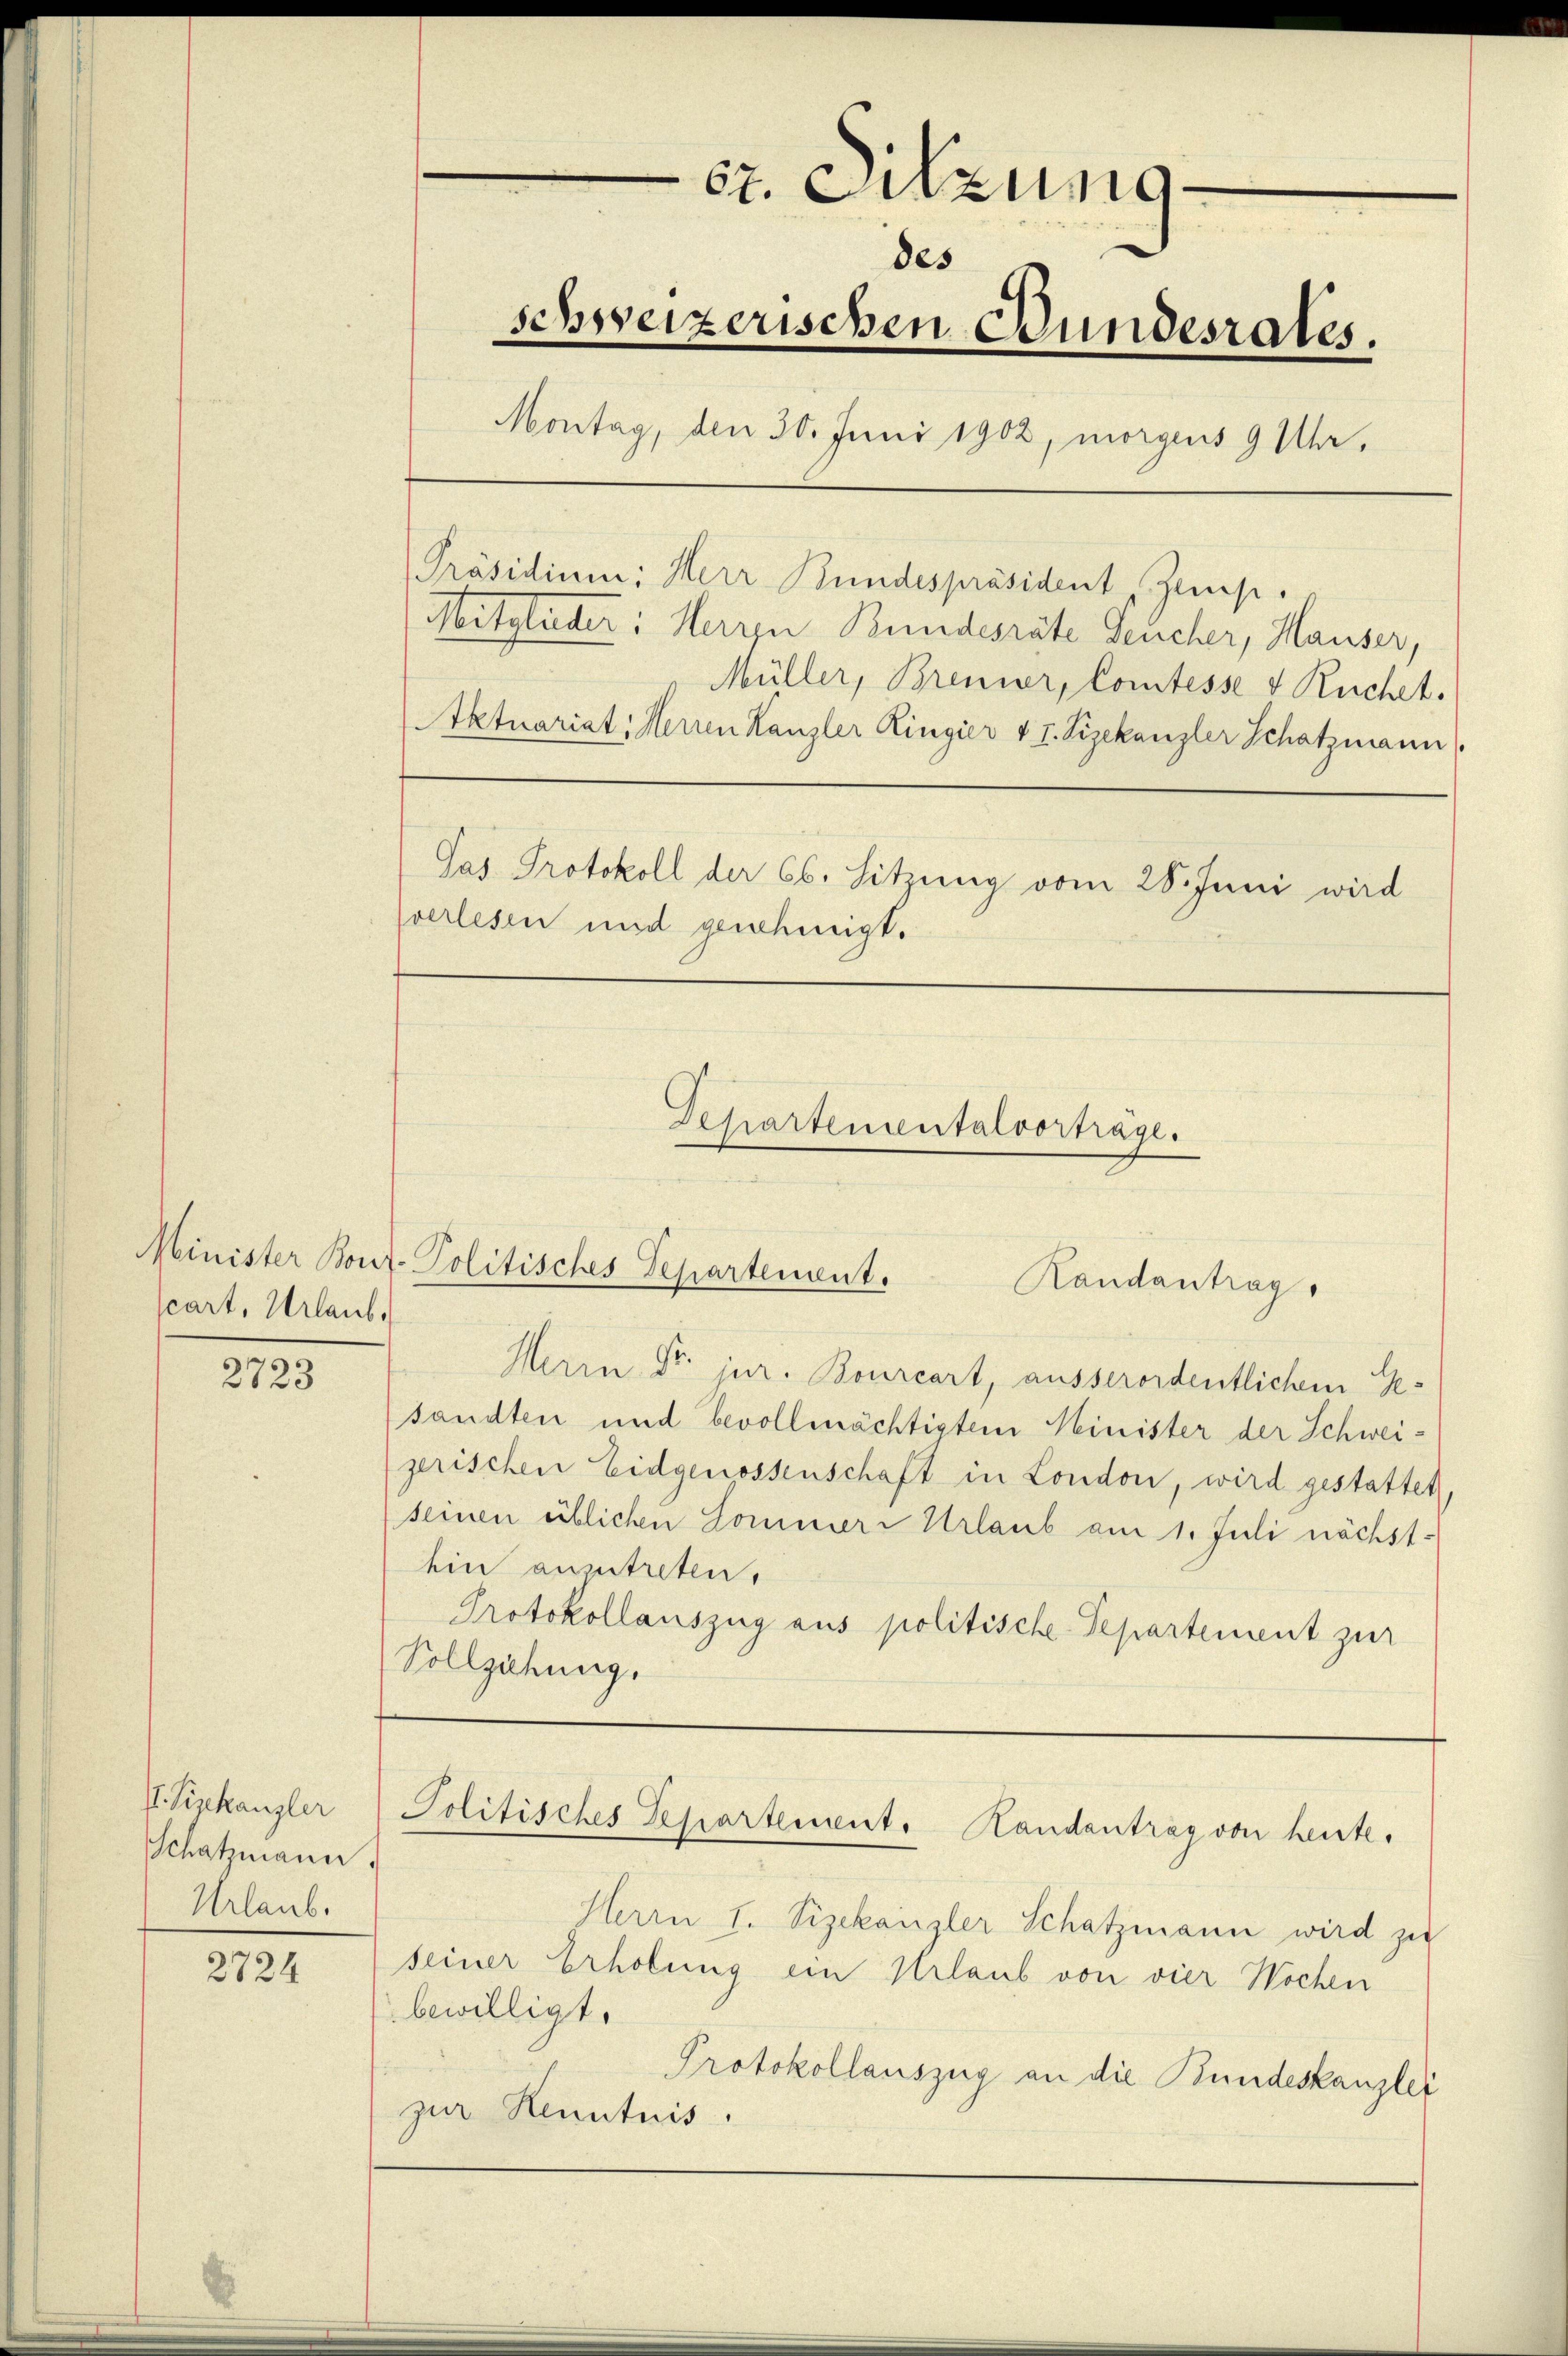
2723

I. Fiskanzler
Schatzmann.
Urlaub.

2724

cart, Urlaub.

st. Sitzung.
des
schweizerischen Bundesrates,
Montag, den 30. Juni 1902, morgens 9 Uhr,

[Präsidium: Herr Bundespräsident Zeis.
Mitglieder: Herrn Bundesräte Deucher, Hauser,
Müller, Brenner, Comtesse & Ruchet.
Aktuariat: Herren Kanzler Ringier v T. Vizekanzler Schatzmann
Jas Protokoll der 66. Sitzung vom 28. Juni wird
verlesen und genehmigt.

Departementalvorträge.

Minister Bont-Politisches Separtement.
Randantrag.

Herrn Dr. jur. Bourcart, ausserordentlichem Gesandten und bevollmächtigten Minister der Schweizerischen Eidgenossenschaft in London, wird gestattet
seinen üblichen Sommere Urlaub am 1. Juli nächsthin anzutreten.
Protokollauszug aus politische Departement zur
Vollziehung,

Herrn H. Vizekanzler Schatzmann wird zu
seiner Erholung ein Urlaub von vier Wochen
bewilligt.
Protokollauszug an die Bundeskanzlei
zur Kenntnis.

Politisches Separtement. Handentrag von heute.